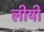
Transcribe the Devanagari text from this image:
लीयी